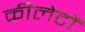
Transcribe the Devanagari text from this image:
कीलेटों